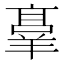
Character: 𬙸